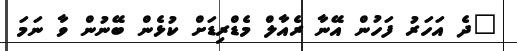
"ދެ އަހަރު ފަހުން އޭނާ ރެއާލް މެޑްރިޑަށް ކުޅެން ބޭނުން ވާ ނަމަ